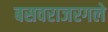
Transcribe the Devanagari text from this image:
बसवराजरगले